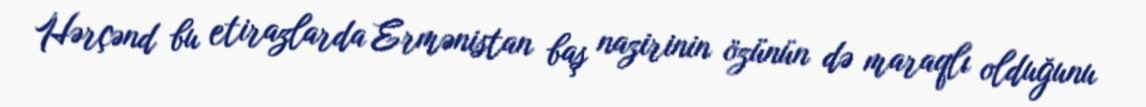
Hərçənd bu etirazlarda Ermənistan baş nazirinin özünün də maraqlı olduğunu